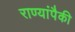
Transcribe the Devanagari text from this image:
राण्यांपैकी